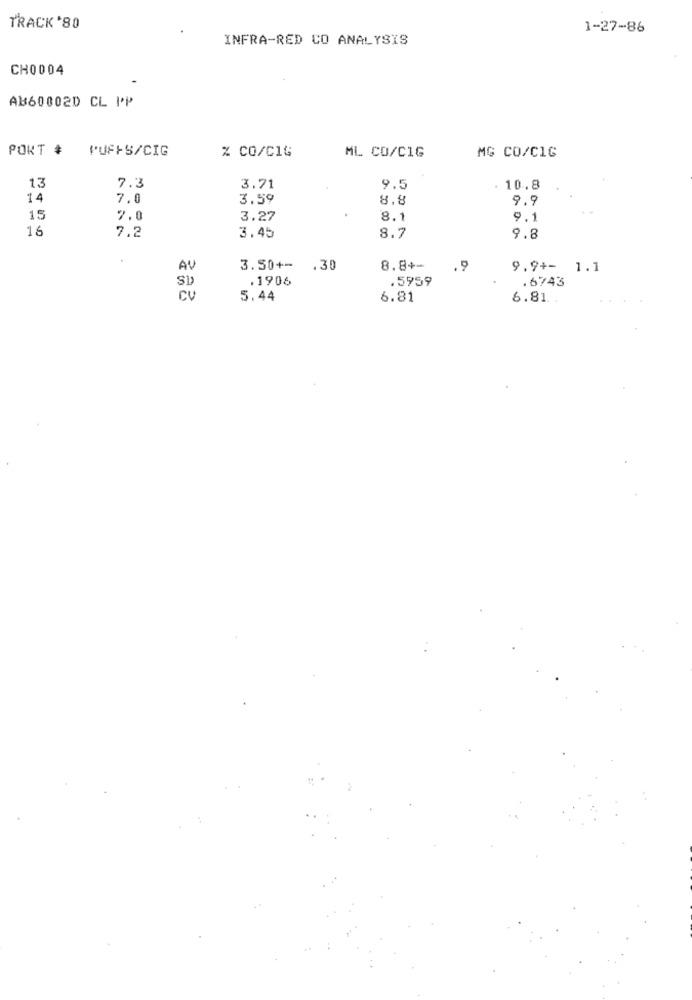
TRACK '80
1-27-86
INFRA-RED CO ANALYSIS
CH0004
AB60002D CL PP
PORT # PUFFS/CIG
% CO/C14
ML CO/CIG
MG CO/CIG
13
7.3
3.71
9.5
. 10.8
14
7.0
3.59
8.8
9.9
15
2.0
3.27
8.1
9.1
16
7.2
3.45
8.7
9.8
AV
3.50+-
.30
8.8+-
.9
9.9+- 1.1
SI
.1906
.5959
.6743
CV
5.44
6.81
6.81 ..